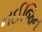
નઈજિન